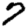
Digit: 7